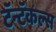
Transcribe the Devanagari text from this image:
टॅन्टॅकल्स